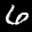
Digit: 6